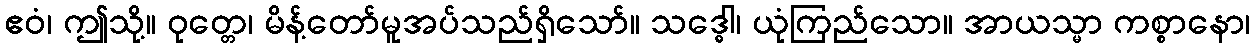
ဧဝံ၊ ဤသို့။ ဝုတ္တေ၊ မိန့်တော်မူအပ်သည်ရှိသော်။ သဒ္ဓေါ၊ ယုံကြည်သော။ အာယသ္မာ ကစ္စာနော၊